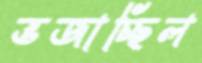
ভজাচ্ছিল